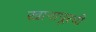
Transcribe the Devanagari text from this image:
खानापूरची